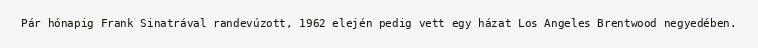
Pár hónapig Frank Sinatrával randevúzott, 1962 elején pedig vett egy házat Los Angeles Brentwood negyedében.